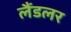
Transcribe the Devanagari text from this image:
लैंडलर